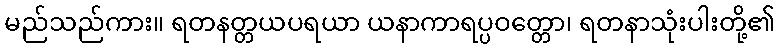
မည်သည်ကား။ ရတနတ္တယပရယာ ယနာကာရပ္ပဝတ္တော၊ ရတနာသုံးပါးတို့၏